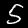
Digit: 5